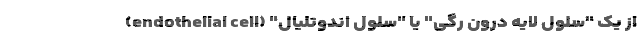
از یک "سلول لایه درون رگی" یا "سلول اندوتلیال" (endothelial cell)